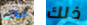
بلات ذلك